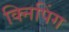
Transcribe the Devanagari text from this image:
क्निपिंग